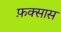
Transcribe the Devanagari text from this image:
फ़क्सास